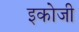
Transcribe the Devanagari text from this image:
इकोजी